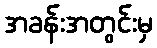
အခန်းအတွင်းမှ